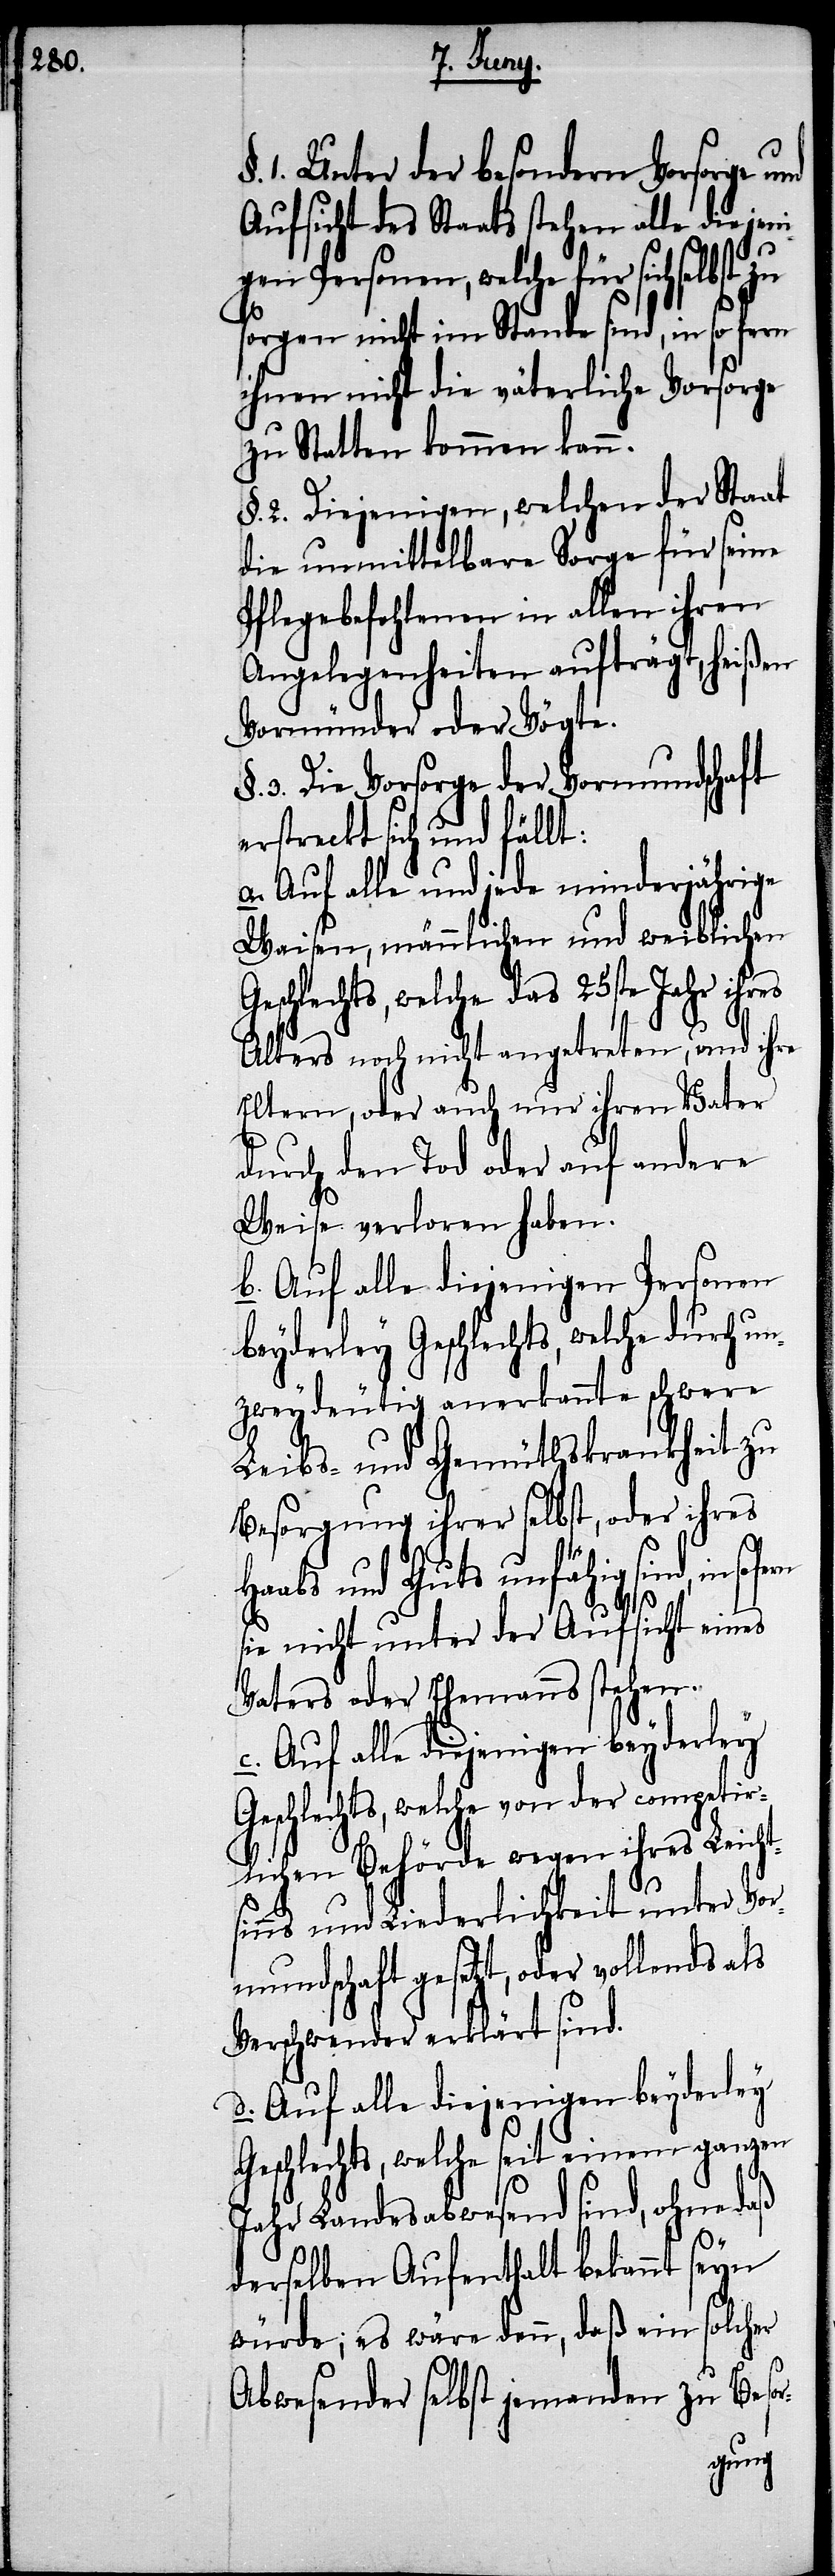
1. Unter der besondern Vorsorge und
Aufsicht des Staats stehen alle diejeni¬
gen Personen, welche für sich selbst
sorgen nicht im Stande sind, in so fern
ihnen nicht die väterliche Vorsorge
zu Statten kommen kann.
§. 2. Diejenigen, welchen der Staat
die unmittelbare Sorge für seine
Pflegebefohlenen in allen ihren
Angelegenheiten aufträgt, heißen
Vormünder oder Vögte.
§. 3. Die Vorsorge der Vormundschaft
erstreckt sich und fällt:
Auf alle und jede minderjährige
Waisen, männlichen und weiblichen
schlechts, welche das 25ste Jahr ihres
Alters noch nicht angetreten, und ihre
Eltern, oder auch nur ihren Vater
durch den Tod oder auf andere
Weise verloren haben.
b.) Auf alle diejenigen Personen
beyderley Geschlechts, welche durch un¬
zweydeutig anerkannte schwere
Leibs- und Gemüthskrankheit zu
Besorgung ihrer selbst, oder ihres
Haabs und Guts unfähig sind, insof¬
sie nicht unter der Aufsicht eines
Vaters oder Ehemanns stehen.
Geschlechts, welche von der competir¬
lichen Behörde wegen ihres Leicht¬
sinns und Liederlichkeit unter Vor¬
mundschaft gesetzt, oder vollends als
Verschwender erklärt sind.
d.) Auf alle diejenigen beyderley
Geschlechts, welche seit einem ganzen
Jahr Landesabwesend sind, ohne daß
ern
derselben Aufenthalt bekannt seyn
würde; es wäre denn, daß ein solcher
Abwesender selbst jemanden zu Besor-